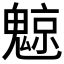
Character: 𲌮